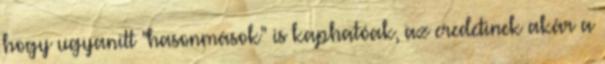
hogy ugyanitt "hasonmások" is kaphatóak, az eredetinek akár a